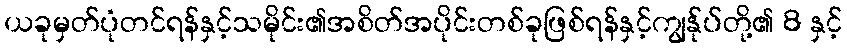
ယခုမှတ်ပုံတင်ရန်နှင့်သမိုင်း၏အစိတ်အပိုင်းတစ်ခုဖြစ်ရန်နှင့်ကျွန်ုပ်တို့၏ 8 နှင့်